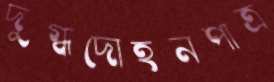
দুগ্ধদোহনপাত্র